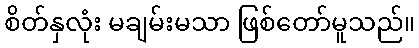
စိတ်နှလုံး မချမ်းမသာ ဖြစ်တော်မူသည်။